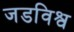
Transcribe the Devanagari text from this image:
जडविश्व